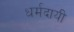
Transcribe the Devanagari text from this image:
धर्मदायी